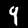
Label: 9